Vaccination Hyderabad 1872-1889 - 1872-1889
Year: 1872
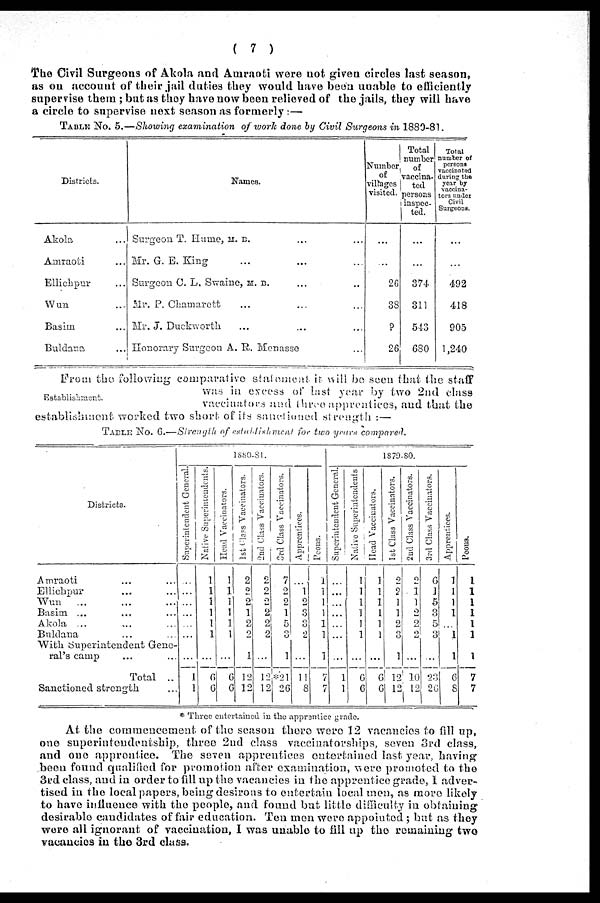
( 7 )
The Civil Surgeons of Akola and Amraoti were not given circles last season,
as on account of their jail duties they would have been unable to efficiently
supervise them ; but as they have now been relieved of the jails, they will have
a circle to supervise next season as formerly:—
TABLE No. 5.—Showing examination of work done by Civil Surgeons in 1880-81.
Districts.
Akola ...
Amraoti ...
Ellichpur ...
Wun ...
Basim ...
Buldana ...
Names.
Surgeon T. Hume, M. B. ... ...
Mr. G. E. King ... ... ...
Surgeon C. L. Swaine, M. B.
Mr. P. Chamarett ... ... ...
Mr. J. Duckworth ... ... ...
Honorary Surgeon A. R. Menasse ...
Number
of
villages
visited.
...
...
26
38
9
26
Total
number
of
vaccina-
ted
persons
inspec¬
ted.
...
...
374
311
543
680
Total
number of
persons
vaccinated
during the
year by
vaccina¬
tors under
Civil
Surgeons.
...
...
492
418
905
1,240
Establishment.
From the following comparative statement. it will be seen that the staff
was in excess of last year by two 2nd class
vaccinators and three apprentices, and that the
establishment worked two short of its sanctioned strength :—
TABLE No. 6.—Strength of establishment for two years compared.
Districts.
Amraoti ... ...
Ellichpur ... ...
Wun
... ... ...
Basim ... ... ...
Akola ... ... ...
Buldana ... ...
With Superintendent Gene-
ral's camp ... ...
Total ...
Sanctioned strength ...
1880-81.
Superintendent General.
...
...
...
...
...
...
...
1
1
Native Superintendents.
1
1
1
1
1
1
...
6
6
Head Vaccinators.
1
1
1
1
1
1
...
6
6
1st Class Vaccinators.
2
2
2
1
2
2
1
12
12
2nd Class Vaccinators.
2
2
2
2
2
2
...
12
12
3rd Class Vaccinators.
7
2
2
1
5
3
1
*21
26
Apprentices.
...
1
2
3
3
2
...
11
8
Peons.
1
1
1
1
1
1
1
7
7
1879-80.
Superintendent General.
...
...
...
...
...
...
...
1
1
Native Superintendents
1
1
1
1
1
1
...
6
6
Head Vaccinators.
1
1
1
1
1
1
...
6
6
1st Class Vaccinators.
2
2
1
1
2
3
1
12
12
2nd Class Vaccinators.
2
1
1
2
2
2
...
10
12
3rd Class Vaccinators.
6
1
5
3
5
3
...
23
26
Apprentices.
1
1
1
1
...
1
1
6
8
Peons.
1
1
1
1
1
1
1
7
7
* Three entertained in the apprentice grade.
At the commencement of the season there were 12 vacancies to fill up,
one superintendentship, three 2nd class vaccinatorships, seven 3rd class,
and one apprentice. The seven apprentices entertained last year, having
been found qualified for promotion after examination, were promoted to the
3rd class, and in order to fill up the vacancies in the apprentice grade, I adver-
tised in the local papers, being desirous to entertain local men, as more likely
to have influence with the people, and found but little difficulty in obtaining
desirable candidates of fair education. Ten men were appointed ; but as they
were all ignorant of vaccination, I was unable to fill up the remaining two
vacancies in the 3rd class.